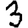
Digit: 3